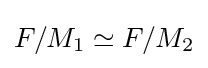
F/M_{1}\simeq F/M_{2}